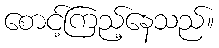
စောင့်ကြည့်နေသည်။